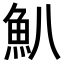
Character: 𩵒